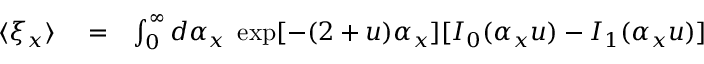
\begin{array} { r l r } { \langle \xi _ { x } \rangle } & { { } = } & { \int _ { 0 } ^ { \infty } d \alpha _ { x } \; \exp [ - ( 2 + u ) \alpha _ { x } ] [ I _ { 0 } ( \alpha _ { x } u ) - I _ { 1 } ( \alpha _ { x } u ) ] } \end{array}